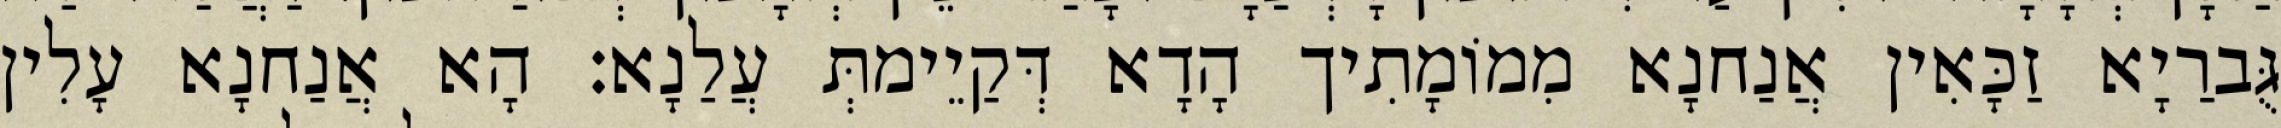
גֻּברַיָא זַכָּאִין אֲנַחנָא מִמוֹמָתִיך הָדָא דְּקַיֵימתְּ עֲלַנָא׃ הָא אֲנַחנָא עָלִין